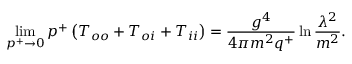
\operatorname * { l i m } _ { p ^ { + } \rightarrow 0 } p ^ { + } \left( T _ { o o } + T _ { o i } + T _ { i i } \right) = \frac { g ^ { 4 } } { 4 \pi m ^ { 2 } q ^ { + } } \ln \frac { \lambda ^ { 2 } } { m ^ { 2 } } .